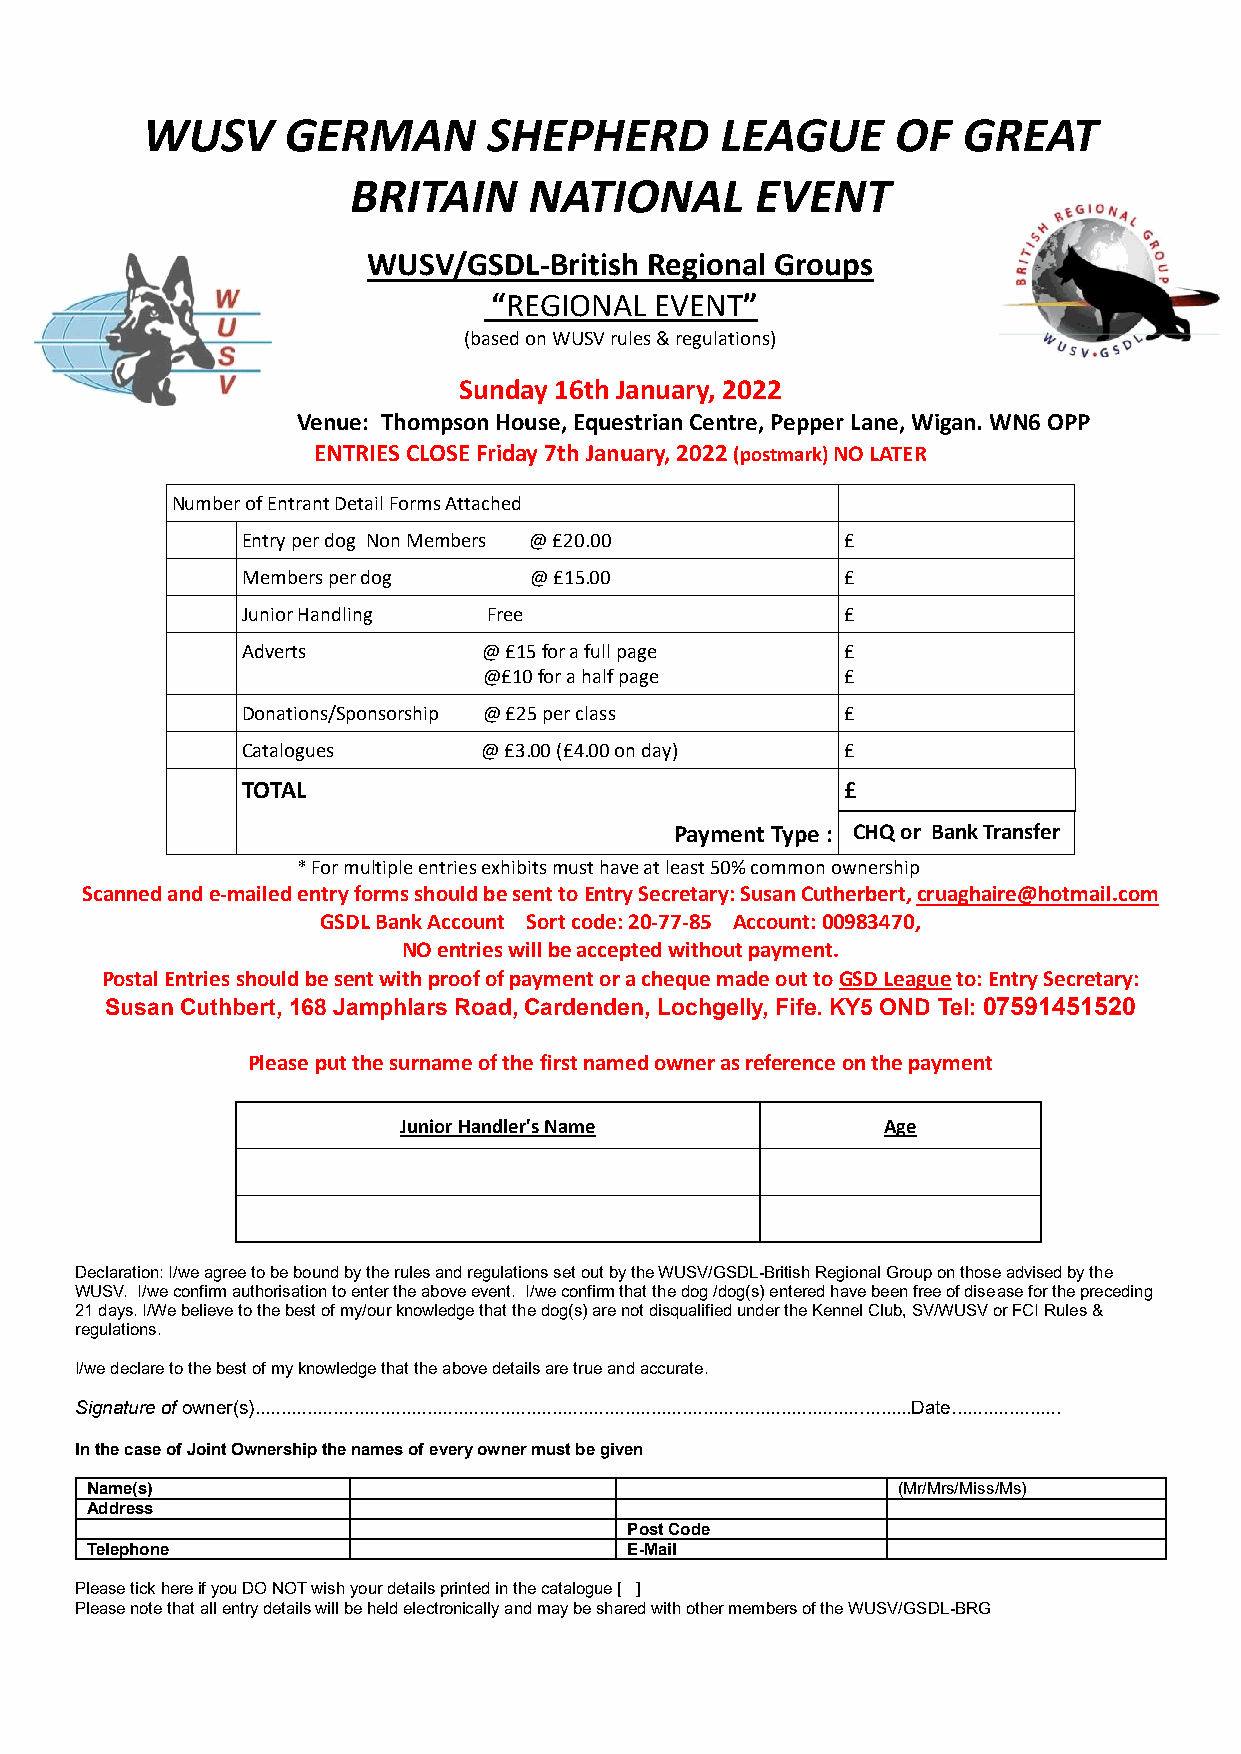
WUSV      GERMAN       SHEPHERD        LEAGUE     OF   GREAT
 BRITAIN     NATIONAL       EVENT
 WUSV/GSDL-British  Regional Groups
 “REGIONAL  EVENT”
 (based on WUSV rules & regulations)
 Sunday 16th January, 2022
 Venue: Thompson House, Equestrian Centre, Pepper Lane, Wigan. WN6 OPP
 ENTRIES CLOSE Friday 7th January, 2022 (postmark) NO LATER
 Number of Entrant Detail Forms Attached
 Entry per dog Non Members @ £20.00      £
 Members per dog    @ £15.00             £
 Junior Handling Free                    £
 Adverts         @ £15 for a full page   £
 @£10 for a half page    £
 Donations/Sponsorship @ £25 per class   £
 Catalogues      @ £3.00 (£4.00 on day)  £
 TOTAL                                   £
 Payment Type : CHQ or Bank Transfer
 * For multiple entries exhibits must have at least 50% common ownership
 Scanned and e-mailed entry forms should be sent to Entry Secretary: Susan Cutherbert, cruaghaire@hotmail.com
 GSDL Bank Account Sort code: 20-77-85 Account: 00983470,
 NO entries will be accepted without payment.
 Postal Entries should be sent with proof of payment or a cheque made out to GSD League to: Entry Secretary:
 Susan Cuthbert, 168 Jamphlars Road, Cardenden, Lochgelly, Fife. KY5 OND Tel: 07591451520
 Please put the surname of the first named owner as reference on the payment
 Junior Handler's Name           Age
 Declaration: I/we agree to be bound by the rules and regulations set out by the WUSV/GSDL-British Regional Group on those advised by the
 WUSV. I/we confirm authorisation to enter the above event. I/we confirm that the dog /dog(s) entered have been free of disease for the preceding
 21 days. I/We believe to the best of my/our knowledge that the dog(s) are not disqualified under the Kennel Club, SV/WUSV or FCI Rules &
 regulations.
 I/we declare to the best of my knowledge that the above details are true and accurate.
 Signature of owner(s)..............................................................................................................................Date.....................
 In the case of Joint Ownership the names of every owner must be given
 Name(s)                                              (Mr/Mrs/Miss/Ms)
 Address
 Post Code
 Telephone                           E-Mail
 Please tick here if you DO NOT wish your details printed in the catalogue [ ]
 Please note that all entry details will be held electronically and may be shared with other members of the WUSV/GSDL-BRG